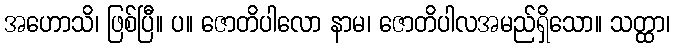
အဟောသိ၊ ဖြစ်ပြီ။ ပ။ ဇောတိပါလော နာမ၊ ဇောတိပါလအမည်ရှိသော။ သတ္ထာ၊